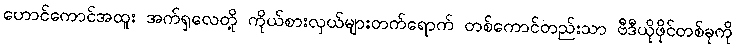
ဟောင်ကောင်အထူး အက်ရှလေတို့ ကိုယ်စားလှယ်များတက်ရောက် တစ်ကောင်တည်းသာ ဗီဒီယိုဖိုင်တစ်ခုကို